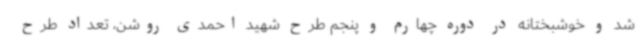
شد و خوشبختانه در دوره چهارم و پنجم طرح شهید احمدی روشن، تعداد طرح